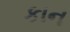
કાન